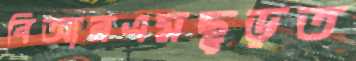
বিআরএমছুড়ত